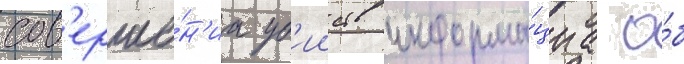
сов'ерше́н'иа уб'ииств информа́циа о́б